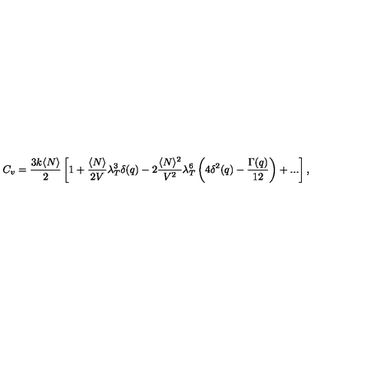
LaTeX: C _ { v } = \frac { 3 k \langle N \rangle } { 2 } \left[ 1 + \frac { \langle N \rangle } { 2 V } \lambda _ { T } ^ { 3 } \delta ( q ) - 2 \frac { \langle N \rangle ^ { 2 } } { V ^ { 2 } } \lambda _ { T } ^ { 6 } \left( 4 \delta ^ { 2 } ( q ) - \frac { \Gamma ( q ) } { 1 2 } \right) + . . . \right] ,